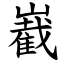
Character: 嶻